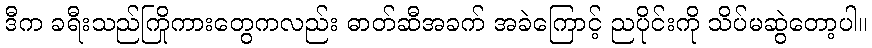
ဒီက ခရီးသည်ကြိုကားတွေကလည်း ဓာတ်ဆီအခက် အခဲကြောင့် ညပိုင်းကို သိပ်မဆွဲတော့ပါ။